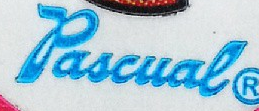
Pascual